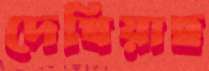
দেখিয়াছ